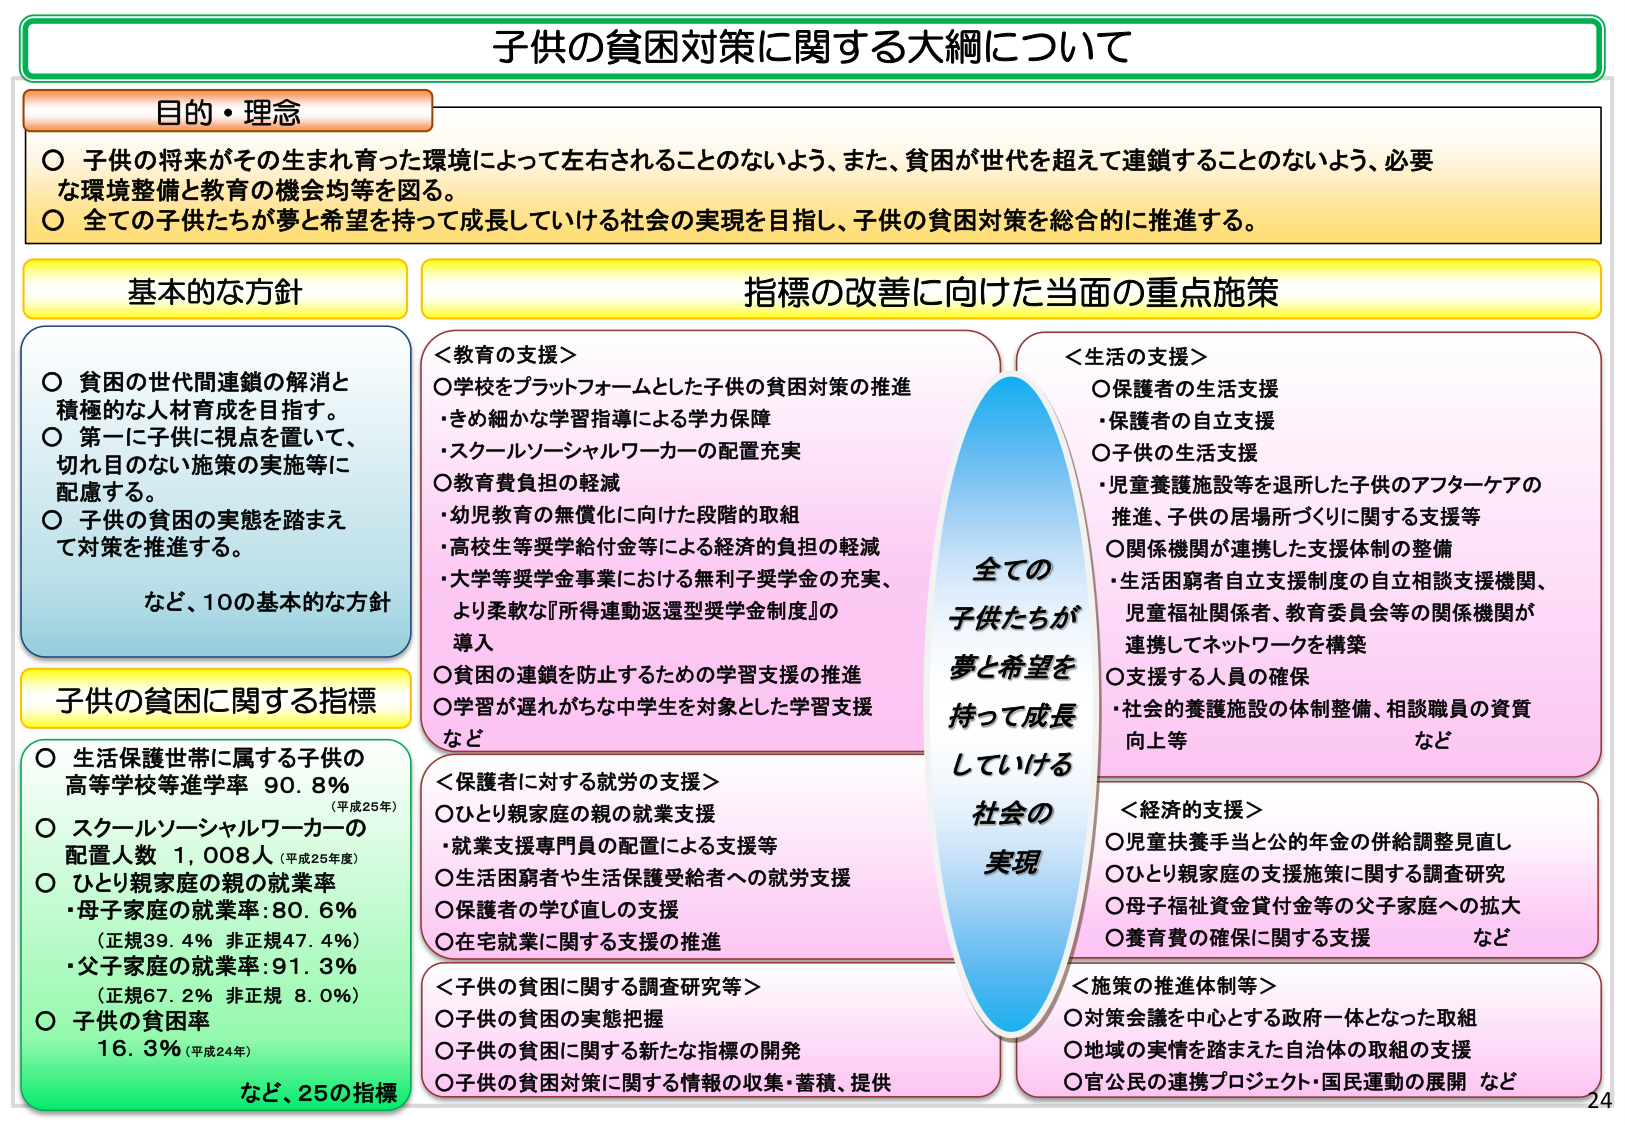
子供の貧困対策に関する大綱について

目的・理念
○ 子供の将来がその生まれ育った環境によって左右されることのないよう、また、貧困が世代を超えて連鎖することのないよう、必要な環境整備と教育の機会均等を図る。
○ 全ての子供たちが夢と希望を持って成長していける社会の実現を目指し、子供の貧困対策を総合的に推進する。

基本的な方針
○ 貧困の世代間連鎖の解消と積極的な人材育成を目指す。
○ 第一に子供に視点を置いて、切れ目のない施策の実施等に配慮する。
○ 子供の貧困の実態を踏まえて対策を推進する。
など、10の基本的な方針

子供の貧困に関する指標
○ 生活保護世帯に属する子供の高等学校等進学率 90.8% （平成25年）
○ スクールソーシャルワーカーの配置人数 1,008人 （平成25年度）
○ ひとり親家庭の親の就業率
・母子家庭の就業率：80.6% （正規39.4% 非正規47.4%）
・父子家庭の就業率：91.3% （正規67.2% 非正規8.0%）
○ 子供の貧困率 16.3% （平成24年）
など、25の指標

指標の改善に向けた当面の重点施策

＜教育の支援＞
○ 学校をプラットフォームとした子供の貧困対策の推進
・きめ細かな学習指導による学力保障
・スクールソーシャルワーカーの配置充実
○ 教育費負担の軽減
・幼児教育の無償化に向けた段階的取組
・高校生等奨学給付金等による経済的負担の軽減
・大学等奨学金事業における無利子奨学金の充実、より柔軟な『所得連動返還型奨学金制度』の導入
○ 貧困の連鎖を防止するための学習支援の推進
○ 学習が遅れがちな中学生を対象とした学習支援など

＜保護者に対する就労の支援＞
○ ひとり親家庭の親の就業支援
・就業支援専門員の配置による支援等
○ 生活困窮者や生活保護受給者への就労支援
○ 保護者の学び直しの支援
○ 在宅就業に関する支援の推進

＜子供の貧困に関する調査研究等＞
○ 子供の貧困の実態把握
○ 子供の貧困に関する新たな指標の開発
○ 子供の貧困対策に関する情報の収集・蓄積、提供

＜生活の支援＞
○ 保護者の生活支援
・保護者の自立支援
○ 子供の生活支援
・児童養護施設等を退所した子供のアフターケアの推進、子供の居場所づくりに関する支援等
○ 関係機関が連携した支援体制の整備
・生活困窮者自立支援制度の自立相談支援機関、児童福祉関係者、教育委員会等の関係機関が連携してネットワークを構築
○ 支援する人員の確保
・社会的養護施設の体制整備、相談職員の資質向上等

＜経済的支援＞
○ 児童扶養手当と公的年金の併給調整見直し
○ ひとり親家庭の支援施策に関する調査研究
○ 母子福祉資金貸付金等の父子家庭への拡大
○ 養育費の確保に関する支援 など

＜施策の推進体制＞
○ 対策会議を中心とする政府一体となった取組
○ 地域の実情を踏まえた自治体の取組の支援
○ 官公民の連携プロジェクト・国民運動の展開 など

全ての
子供たちが
夢と希望を
持って成長
していける
社会の
実現

24